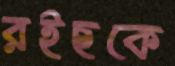
রইছকে